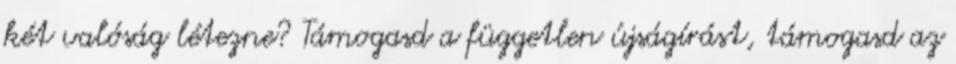
két valóság létezne? Támogasd a független újságírást, támogasd az